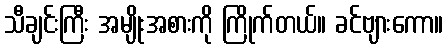
သီချင်းကြီး အမျိုးအစားကို ကြိုက်တယ်။ ခင်ဗျားကော။